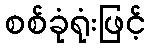
စစ်ခုံရုံးဖြင့်